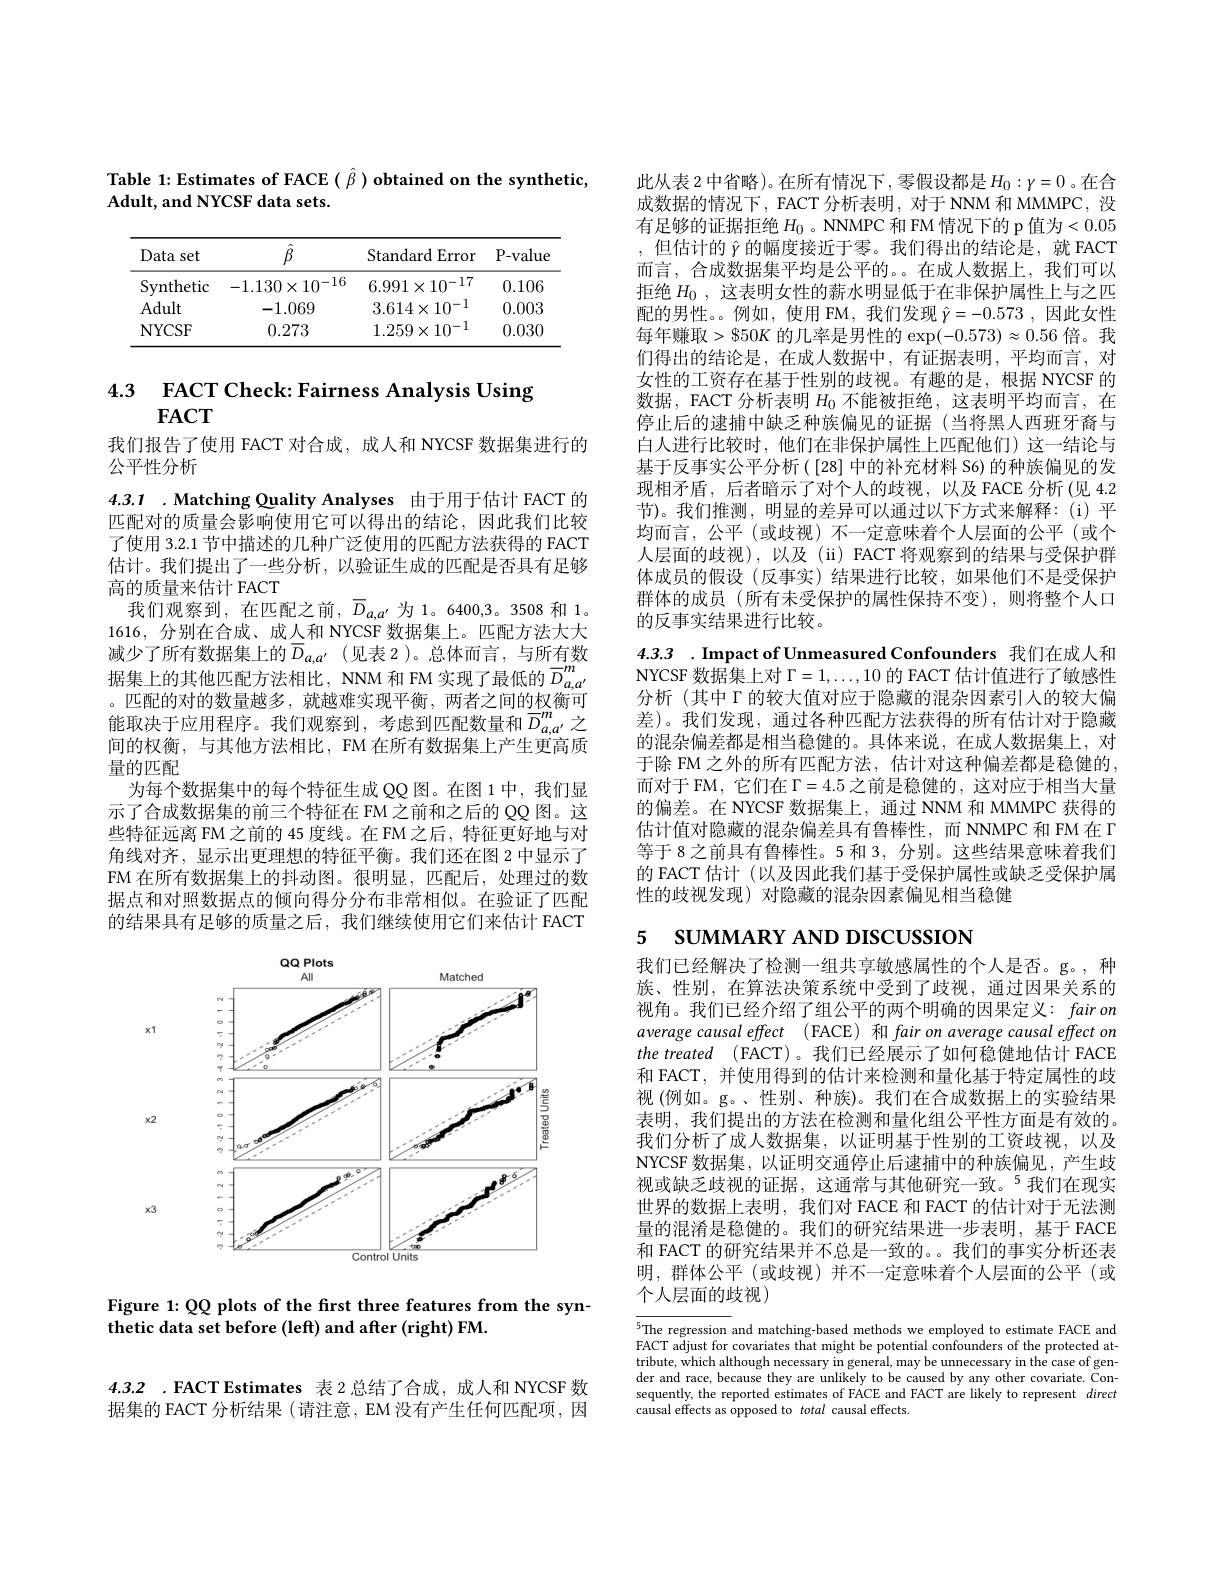
4.3.2 .FACT Estimates 表 2 总结了合成，成人和 NYCSF 数

据集的 FACT 分析结果 ( 请注意，EM 没有产生任何匹配项，因

Table 1: Estimates of FACE $(\hat{\beta})$ obtained on the synthetic,
Adult, and NYCSF data sets.

<table>
	<tbody>
		<tr>
			<th>Data set</th>
			<th>$\hat{\beta}$</th>
			<th>Standard Error</th>
			<th>P- value</th>
		</tr>
		<tr>
			<td>Svnthetic</td>
			<td>$-1.130\times10^{-16}$</td>
			<td>$6.991\times10^{-17}$</td>
			<td>0.106</td>
		</tr>
		<tr>
			<td>Adult</td>
			<td>-1.069</td>
			<td>$3.614\times10^{-1}$</td>
			<td>0.003</td>
		</tr>
		<tr>
			<td>NYCSF</td>
			<td>0.273</td>
			<td>$1.259\times10^{-1}$</td>
			<td>0.030</td>
		</tr>
	</tbody>
</table>

4.3 FACT Check: Fairness Analysis Using
$FACT$

我们报告了使用 FACT 对合成，成人和 NYCSF 数据集进行的
公平性分析

4.3.1 .Matching Quality Analyses 由于用于估计 FACT 的匹配对的质量会影响使用它可以得出的结论，因此我们比较

了使用 3.2.1 节中描述的几种广泛使用的匹配方法获得的 FACT 估计。我们提出了一些分析，以验证生成的匹配是否具有足够高的质量来估计 FACT
我们观察到，在匹配之前$,\overline{D}_{a,a^{\prime}}$为1。6400,3。3508 和 1。1616, 分别在合成、成人和 NYCSF 数据集上。匹配方法大大减少了所有数据集上的$\overline{D}_{a,a^{\prime}}$(见表 2)。总体而言，与所有数据集上的其他匹配方法相比，NNM 和 FM 实现了最低的$\overline{D}_{a,a^{\prime}}^m$ 。匹配的对的数量越多，就越难实现平衡，两者之间的权衡可能取决于应用程序。我们观察到，考虑到匹配数量和$\overline{D}_{a,a^{\prime}}^m$ 之间的权衡，与其他方法相比，FM 在所有数据集上产生更高质量的匹配
为每个数据集中的每个特征生成 QQ 图。在图 1 中，我们显示了合成数据集的前三个特征在 FM 之前和之后的 QQ 图。这些特征远离 FM 之前的 45 度线。在 FM 之后，特征更好地与对角线对齐，显示出更理想的特征平衡。我们还在图 2 中显示了FM 在所有数据集上的抖动图。很明显，匹配后，处理过的数据点和对照数据点的倾向得分分布非常相似。在验证了匹配的结果具有足够的质量之后，我们继续使用它们来估计 FACT

<FigureHere>

Figure 1: QQ plots of the first three features from the syn-
thetic data set before (left) and after (right) FM.

此从表 2 中省略)。在所有情况下，零假设都是$H_0:\gamma=0$ 。在合成数据的情况下，FACT 分析表明，对于 NNM 和 MMMPC, 没有足够的证据拒绝 $H_0$ 。NNMPC 和 FM 情况下的 p 值为<0.05 ,但估计的$\hat{\gamma}$的幅度接近于零。我们得出的结论是，就 FACT 而言，合成数据集平均是公平的。。在成人数据上，我们可以拒绝$H_0$,这表明女性的薪水明显低于在非保护属性上与之匹配的男性。。例如，使用 FM, 我们发现$\hat{\gamma}=-0.573$ ,因此女性每年赚取$>\$50K$的几率是男性的$\exp(-0.573)\approx0.56$倍。我们得出的结论是，在成人数据中，有证据表明，平均而言，对女性的工资存在基于性别的歧视。有趣的是，根据 NYCSF 的数据，FACT 分析表明$H_{0}$不能被拒绝，这表明平均而言，在停止后的逮捕中缺乏种族偏见的证据(当将黑人西班牙裔与白人进行比较时，他们在非保护属性上匹配他们)这一结论与基于反事实公平分析([28]中的补充材料 S6)的种族偏见的发现相矛盾，后者暗示了对个人的歧视，以及 FACE 分析(见 4.2节)。我们推测，明显的差异可以通过以下方式来解释：(i)平均而言，公平(或歧视)不一定意味着个人层面的公平(或个人层面的歧视),以及(ii) FACT 将观察到的结果与受保护群体成员的假设 (反事实) 结果进行比较，如果他们不是受保护群体的成员(所有未受保护的属性保持不变),则将整个人口的反事实结果进行比较。

4.3.3 . Impact of Unmeasured Confounders 我们在成人和NYCSF 数据集上对$\Gamma=1,\ldots,10$的 FACT 估计值进行了敏感性分析 (其中$\Gamma$的较大值对应于隐藏的混杂因素引入的较大偏差)。我们发现，通过各种匹配方法获得的所有估计对于隐藏的混杂偏差都是相当稳健的。具体来说，在成人数据集上，对于除 FM 之外的所有匹配方法，估计对这种偏差都是稳健的， 而对于 FM, 它们在$\Gamma=4.5$之前是稳健的，这对应于相当大量的偏差。在 NYCSF 数据集上，通过 NNM 和 MMMPC 获得的估计值对隐藏的混杂偏差具有鲁棒性，而 NNMPC 和 FM 在 Г 等于 8 之前具有鲁棒性。5 和 3, 分别。这些结果意味着我们的 FACT 估计 (以及因此我们基于受保护属性或缺乏受保护属性的歧视发现)对隐藏的混杂因素偏见相当稳健

# 5 SUMMARY AND DISCUSSION

我们已经解决了检测一组共享敏感属性的个人是否。g。,种族、性别，在算法决策系统中受到了歧视，通过因果关系的视角。我们已经介绍了组公平的两个明确的因果定义：fair on average causal effect ( FACE) 和 fair on average causal effect on thetreated (FACT)。我们已经展示了如何稳健地估计 FACE 和 FACT, 并使用得到的估计来检测和量化基于特定属性的歧视(例如。g。、性别、种族)。我们在合成数据上的实验结果表明，我们提出的方法在检测和量化组公平性方面是有效的。我们分析了成人数据集，以证明基于性别的工资歧视，以及NYCSF 数据集，以证明交通停止后逮捕中的种族偏见，产生歧视或缺乏歧视的证据，这通常与其他研究一致。$^{5}$我们在现实世界的数据上表明，我们对 FACE 和 FACT 的估计对于无法测量的混淆是稳健的。我们的研究结果进一步表明，基于 FACE 和 FACT 的研究结果并不总是一致的。。我们的事实分析还表明，群体公平(或歧视)并不一定意味着个人层面的公平(或个人层面的歧视)

$^{5}$The regression and matching-based methods we employed to estimate FACE and FACT adjust for covariates that might be potential confounders of the protected attribute, which although necessary in general, may be unnecessary in the case of gender and race, because they are unlikely to be caused by any other covariate. Consequently, the reported estimates of FACE and FACT are likely to represent direct causal effects as opposed to total causal effects